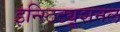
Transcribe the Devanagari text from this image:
इन्स्टिट्यूशनल